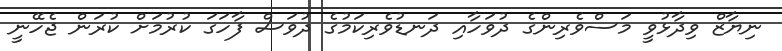
ނިޔާޒް ވިދާޅުވީ މަސްވެރިންގެ ދުވަހާއި ދަނޑުވެރިކަމުގެ ދުވަސް ފާހަގަ ކުރުމަށް ކުރަން ޖެހޭނީ